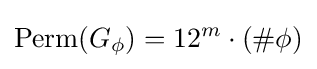
\operatorname {Perm} (G_{\phi })=12^{m}\cdot (\#\phi )